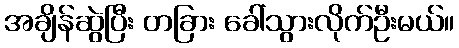
အချိန်ဆွဲပြီး တခြား ခေါ်သွားလိုက်ဦးမယ်။